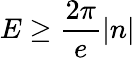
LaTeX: E\geq\frac{2\pi}{e}\vert n\vert